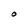
Character: O